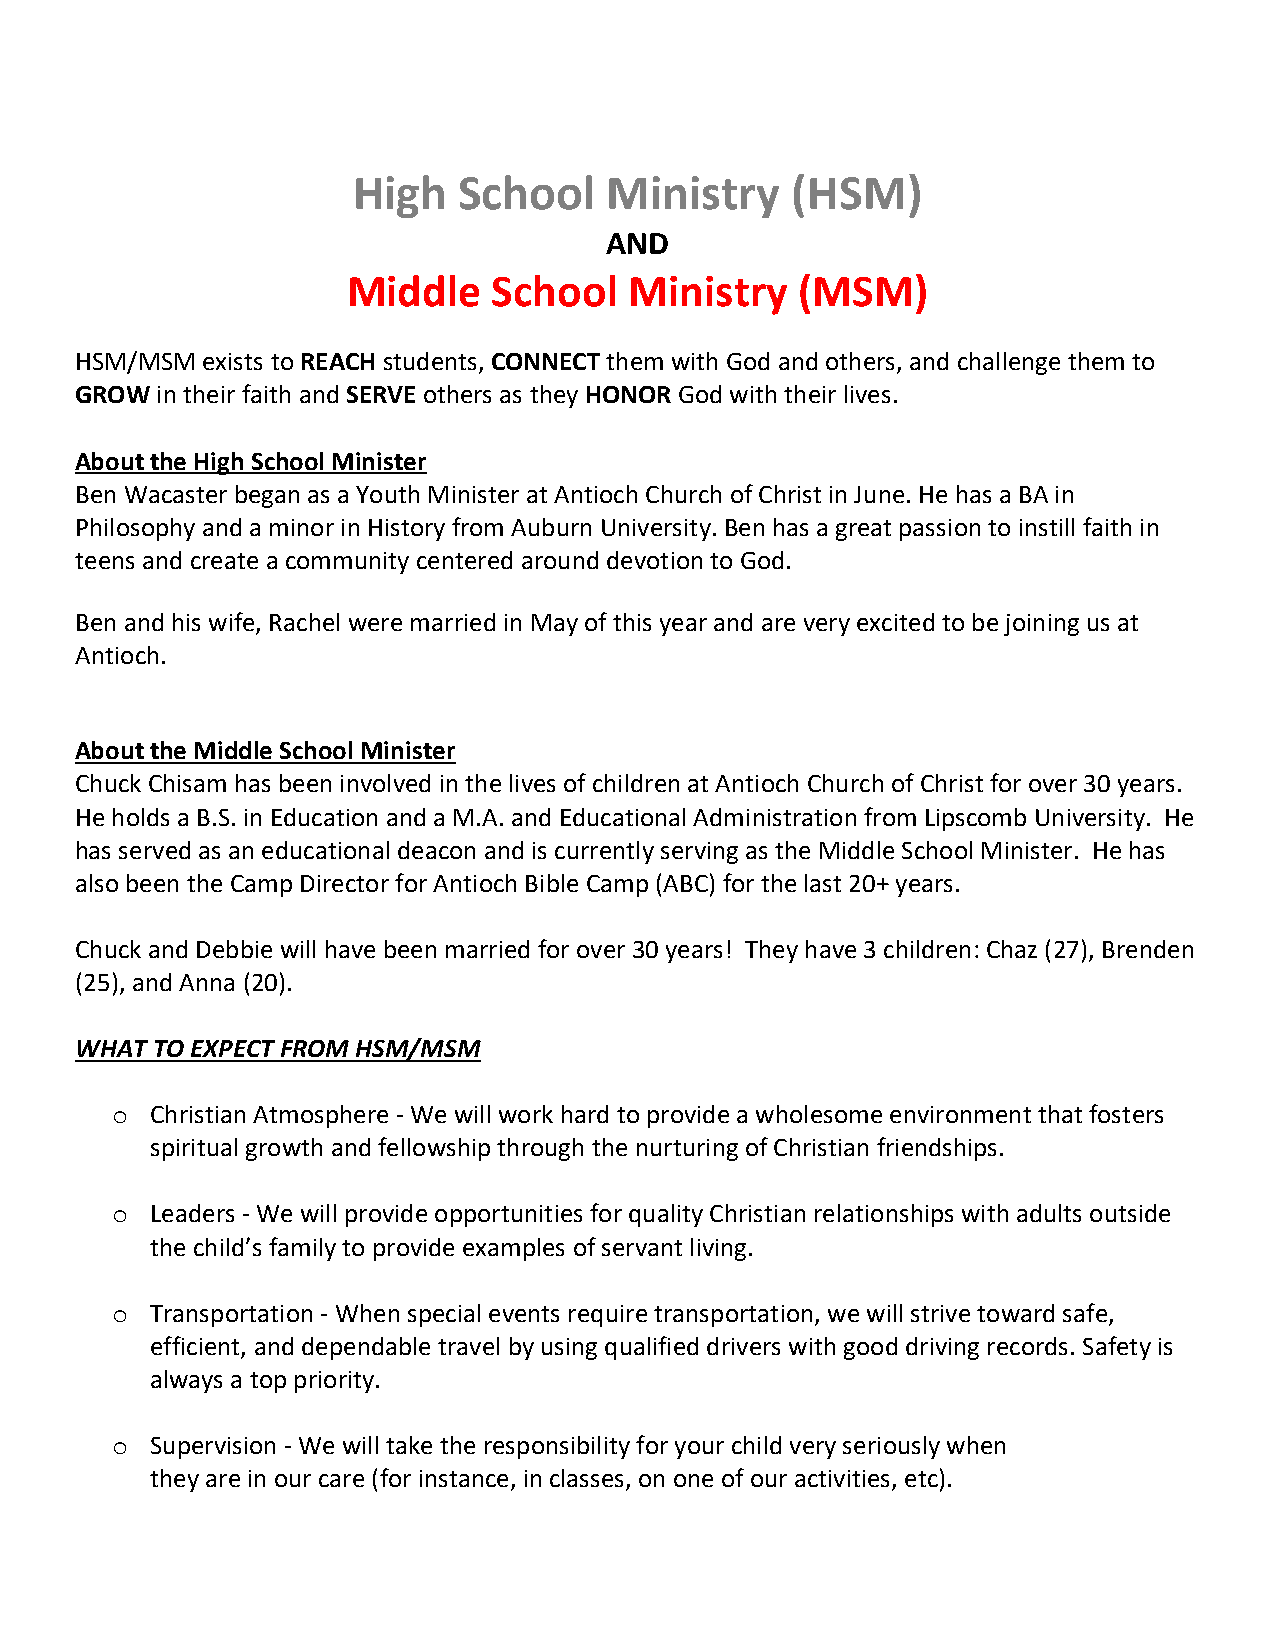
High   School    Ministry    (HSM)
 AND
 Middle    School   Ministry   (MSM)
 HSM/MSM exists to REACH students, CONNECT them with God and others, and challenge them to
 GROW in their faith and SERVE others as they HONOR God with their lives.
 About the High School Minister
 Ben Wacaster began as a Youth Minister at Antioch Church of Christ in June. He has a BA in
 Philosophy and a minor in History from Auburn University. Ben has a great passion to instill faith in
 teens and create a community centered around devotion to God.
 Ben and his wife, Rachel were married in May of this year and are very excited to be joining us at
 Antioch.
 About the Middle School Minister
 Chuck Chisam has been involved in the lives of children at Antioch Church of Christ for over 30 years.
 He holds a B.S. in Education and a M.A. and Educational Administration from Lipscomb University. He
 has served as an educational deacon and is currently serving as the Middle School Minister. He has
 also been the Camp Director for Antioch Bible Camp (ABC) for the last 20+ years.
 Chuck and Debbie will have been married for over 30 years! They have 3 children: Chaz (27), Brenden
 (25), and Anna (20).
 WHAT TO EXPECT FROM HSM/MSM
 o  Christian Atmosphere - We will work hard to provide a wholesome environment that fosters
 spiritual growth and fellowship through the nurturing of Christian friendships.
 o  Leaders - We will provide opportunities for quality Christian relationships with adults outside
 the child’s family to provide examples of servant living.
 o  Transportation - When special events require transportation, we will strive toward safe,
 efficient, and dependable travel by using qualified drivers with good driving records. Safety is
 always a top priority.
 o  Supervision - We will take the responsibility for your child very seriously when
 they are in our care (for instance, in classes, on one of our activities, etc).